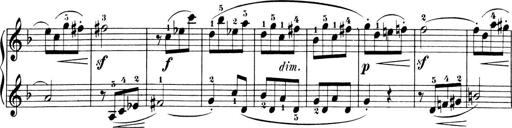
Title: 6 Piano Sonatinas
Composer: Cornelius Gurlitt